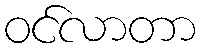
ဝင်လာတာ